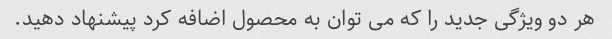
هر دو ویژگی جدید را که می توان به محصول اضافه کرد پیشنهاد دهید.